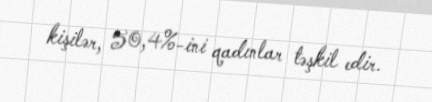
kişilər, 50,4%-ini qadınlar təşkil edir.